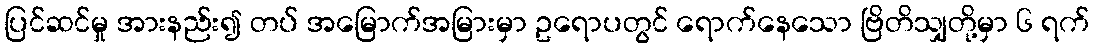
ပြင်ဆင်မှု အားနည်း၍ တပ် အမြောက်အမြားမှာ ဥရောပတွင် ရောက်နေသော ဗြိတိသျှတို့မှာ ၆ ရက်